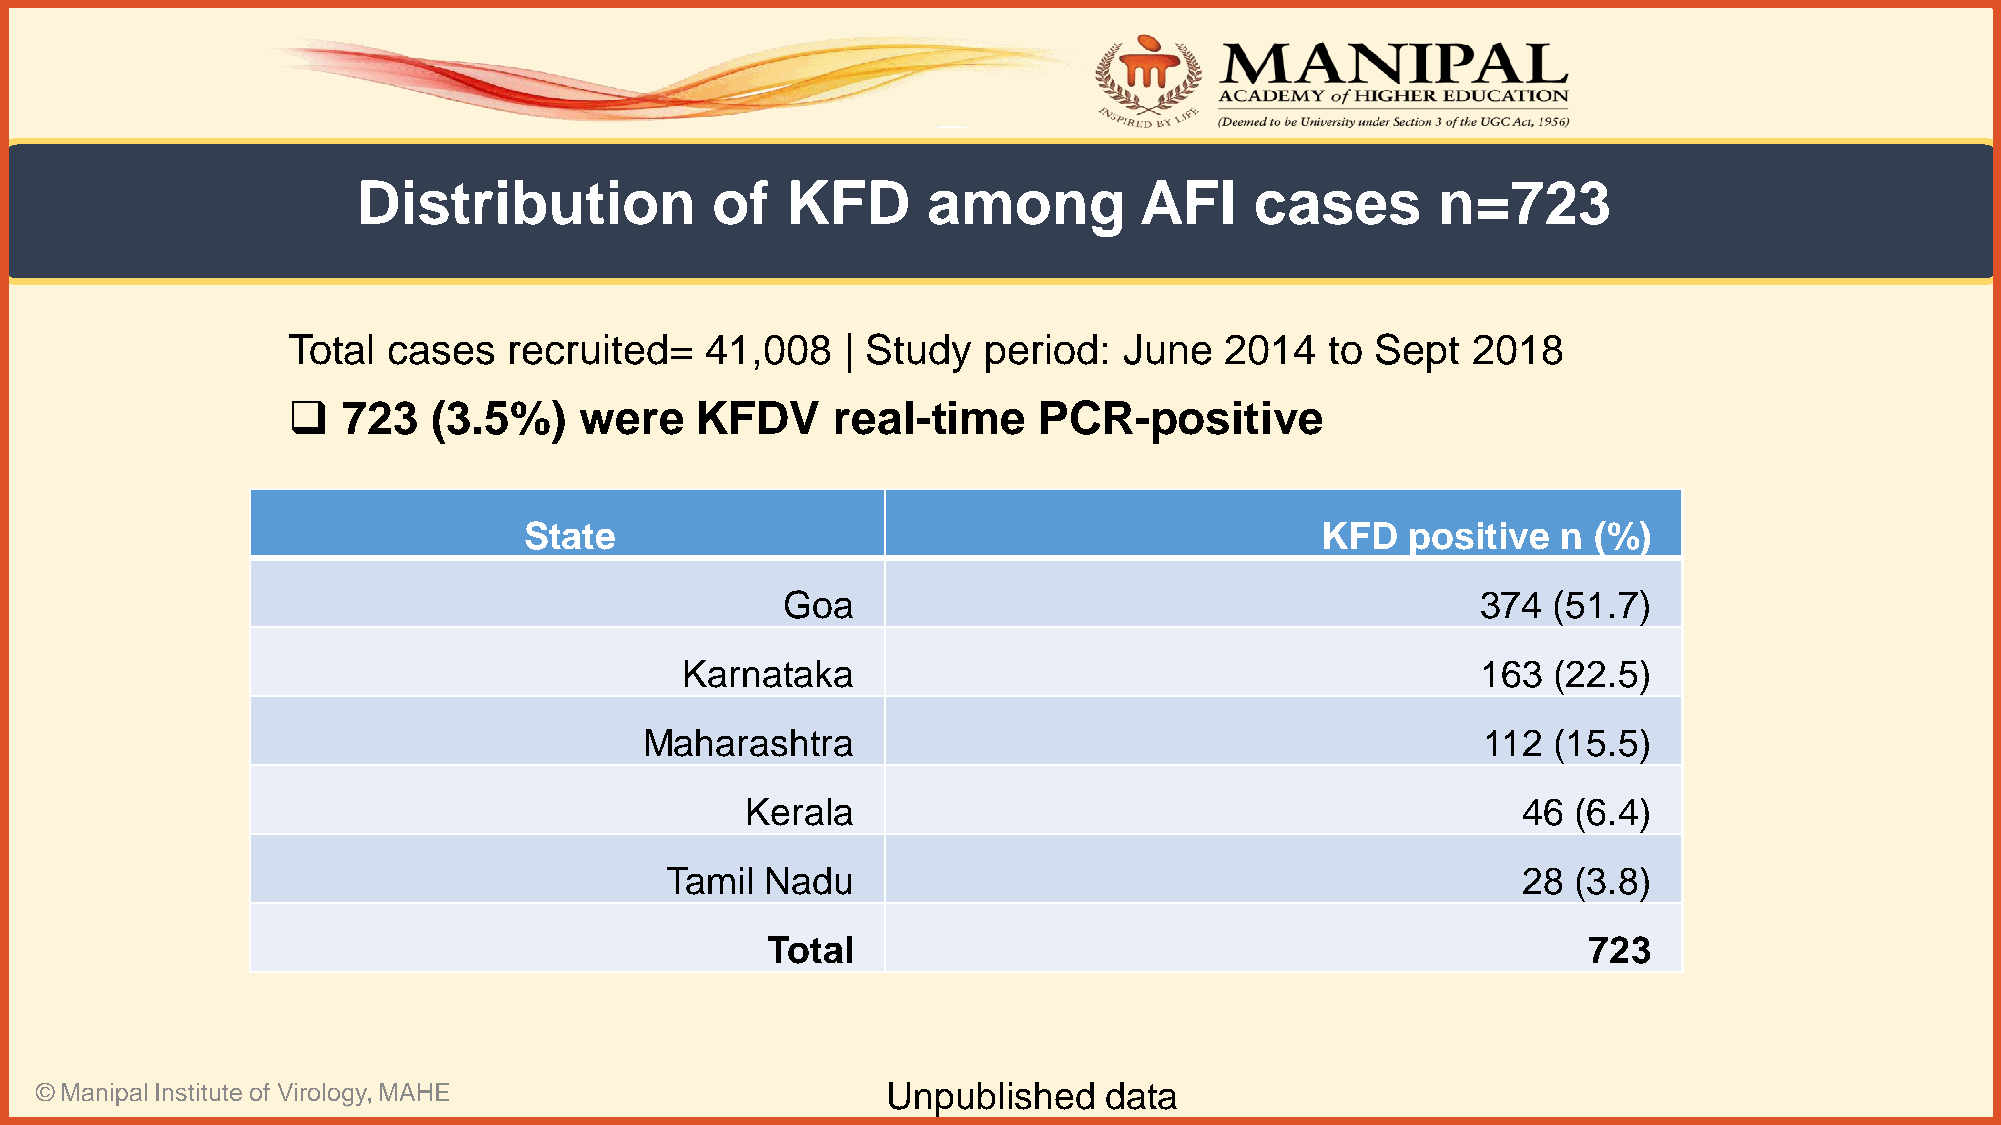
Distribution           of   KFD      among         AFI     cases       n=723
 Total  cases   recruited=   41,008   | Study  period:  June   2014   to Sept  2018
    723   (3.5%)   were    KFDV     real-time     PCR-positive
 State                                               KFD   positive  n (%)
 Goa                                           374  (51.7)
 Karnataka                                            163  (22.5)
 Maharashtra                                            112  (15.5)
 Kerala                                              46 (6.4)
 Tamil  Nadu                                              28 (3.8)
 Total                                                 723
 © Manipal Institute of Virology, MAHE                    Unpublished   data